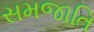
સમજાતિ